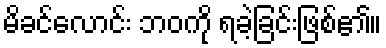
မိခင်လောင်း ဘဝကို ရခဲ့ခြင်းဖြစ်၏။